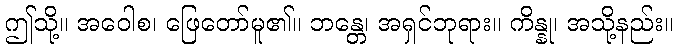
ဤသို့။ အဝေါစ၊ ဖြေတော်မူ၏။ ဘန္တေ၊ အရှင်ဘုရား။ ကိန္နု၊ အသို့နည်း။